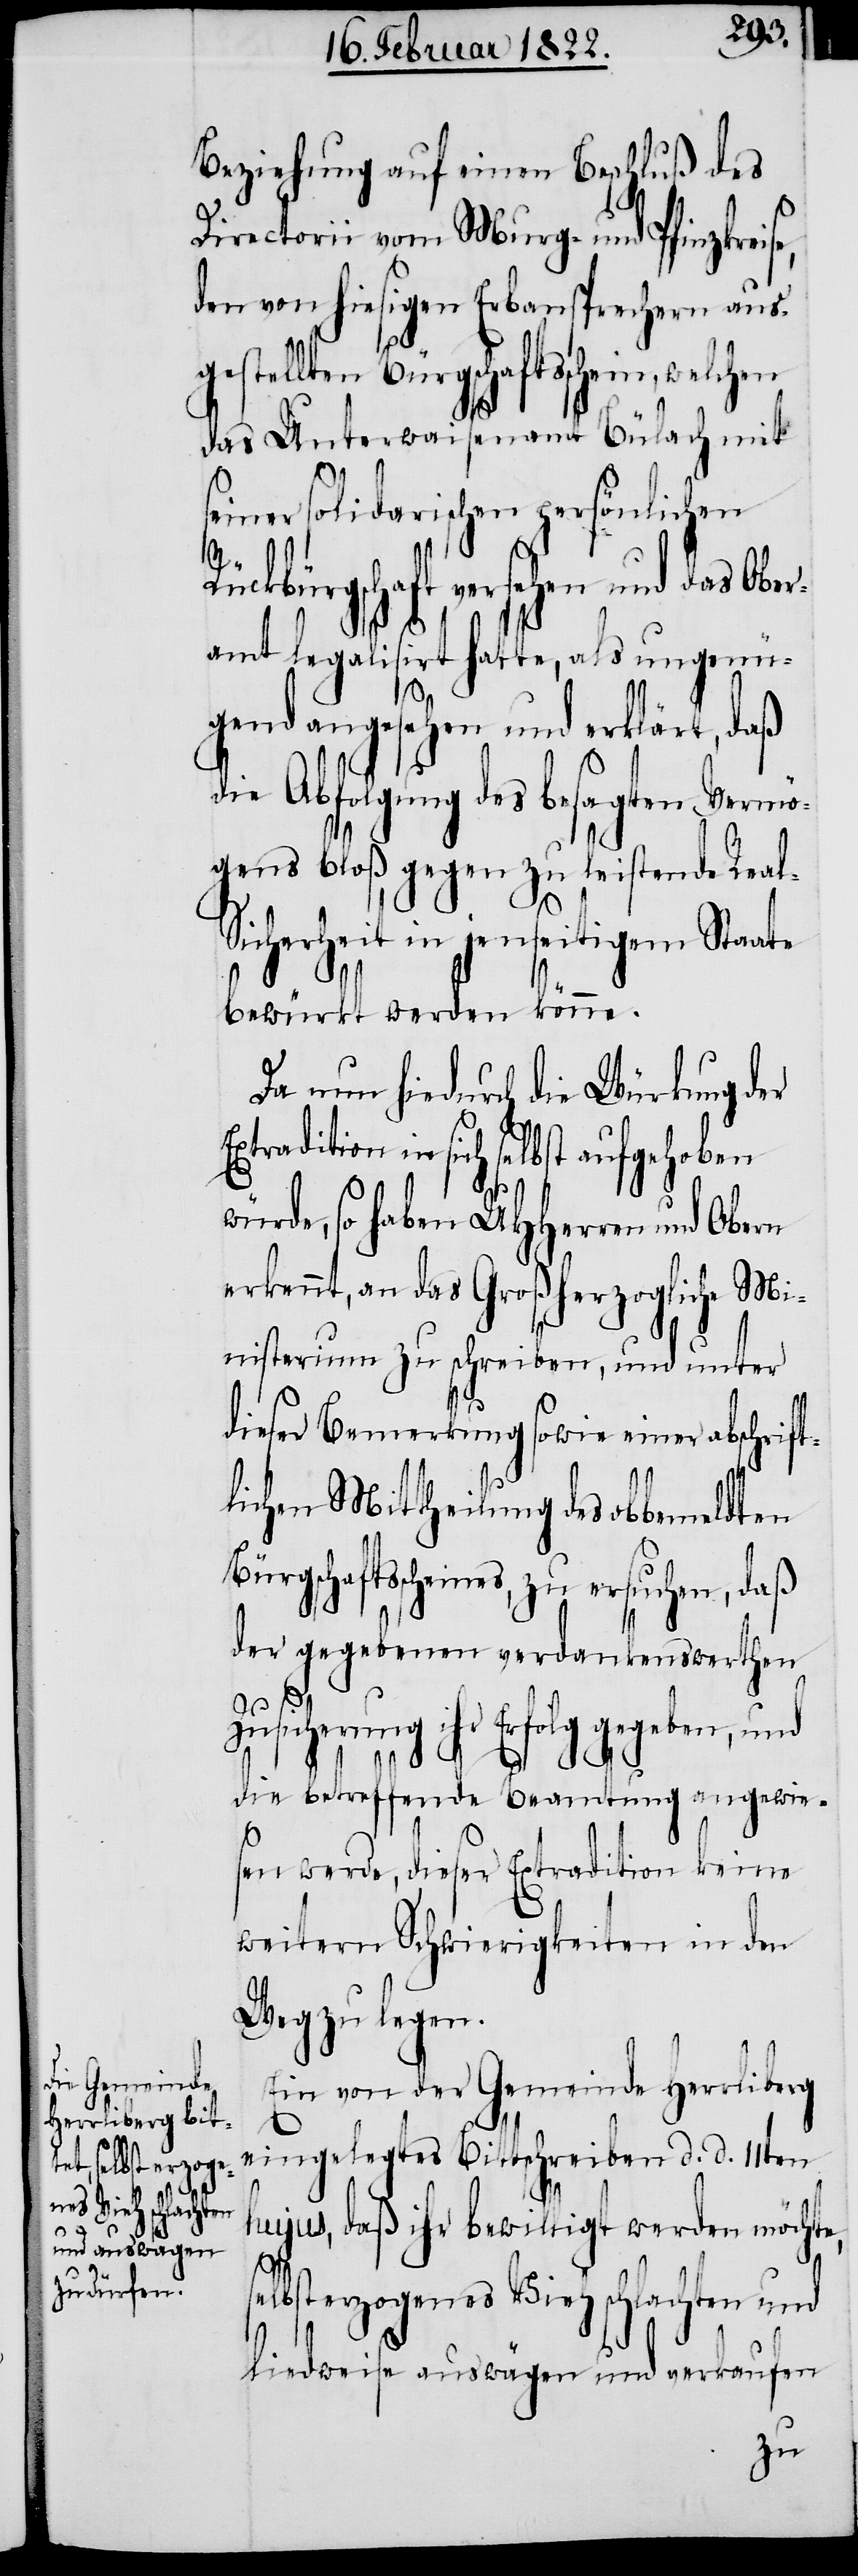
se¬

Beziehung auf einen Beschluß des
Directorii vom Murg- und Pfinzkreise,
den von hiesigen Erbansprechern aus¬
gestellten Bürgschaftsschein,
das Unterwaisenamt Bülach mit
seiner solidarischen persönlichen
Rückbürgschaft versehen und das Ob¬
amt legalisiert hatte, als ungenü¬
gend angesehen und erklärt, daß
die Abfolgung des gesagten Vermö¬
gens bloß gegen zu leistende Real-S¬
icherheit in jenseitigem Staate
bewürkt werden könne.
Da nun hiedurch die Würkung der
Extradition in sich selbst aufgehoben
würde, so haben UHHerren und Obern
erkennt, an das Großherzogliche Mi¬
nisterium zu schreiben, und unter
dieser Bemerkung sowie einer abschrift¬
lichen Mittheilung des obbemeldten
Bürschaftsscheines, zu ersuchen, daß
der gegebenen verdankenswerthen
Zusicherung ihr Erfolg gegeben, und
die betreffende Beamtung angewie¬
sen werde, dieser Extradition keine
weitern Schwierigkeiten in den
Weg zu legen.
Ein von der Gemeinde Herrliberg
eingelegtes Bittschreiben d. d. 11ten
hujus, daß ihr bewilligt werden möchte,
lbsterzogenes Vieh schlachten und
liedweise auswägen und verkaufen